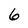
Character: 6